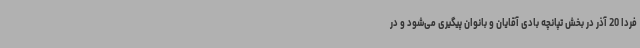
فردا 20 آذر در بخش تپانچه بادی آقایان و بانوان پیگیری می‌شود و در